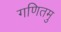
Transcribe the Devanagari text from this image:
गणितमु